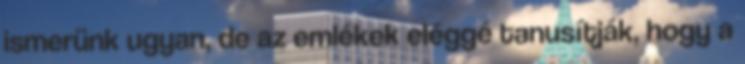
ismerünk ugyan, de az emlékek eléggé tanusítják, hogy a